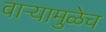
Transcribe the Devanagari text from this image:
वाऱ्यामुळेच